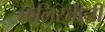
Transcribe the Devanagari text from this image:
फलिस्तीनी